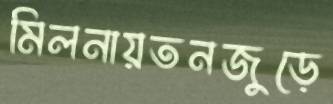
মিলনায়তনজুড়ে